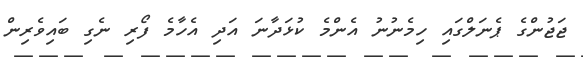
ޖަޖުންގެ ޕެނަލްގައި ހިމެނުނު އެންމެ ކުޅަދާނަ އަދި އެހާމެ ފޯރި ނެގި ބައިވެރިން